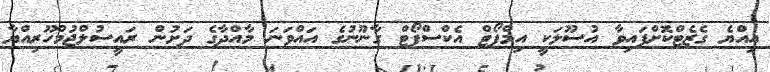
އިއްޔެ ގެޒެޓްކޮށްފައިވާ އުސޫލަކީ އިމްޕޯޓް އެކްސްޕޯޓް ގާނޫނުގެ އައްވަނަ މާއްދާގެ ދަށުން ރައީސުލްޖުމްހޫރިއްޔާ